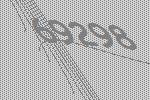
69298